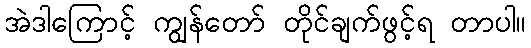
အဲဒါကြောင့် ကျွန်တော် တိုင်ချက်ဖွင့်ရ တာပါ။